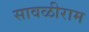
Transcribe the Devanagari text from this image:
सावळीराम